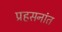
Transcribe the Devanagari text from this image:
प्रहसनांत